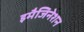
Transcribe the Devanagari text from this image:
इमैजिनेशन